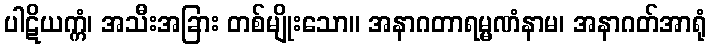
ပါဋိယက္ကံ၊ အသီးအခြား တစ်မျိုးသော။ အနာဂတာရမ္မဏံနာမ၊ အနာဂတ်အာရုံ